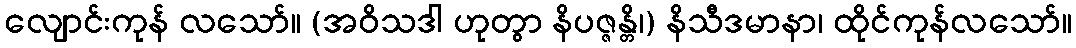
လျောင်းကုန် လသော်။ (အဝိသဒါ ဟုတွာ နိပဇ္ဇန္တိ၊) နိသီဒမာနာ၊ ထိုင်ကုန်လသော်။